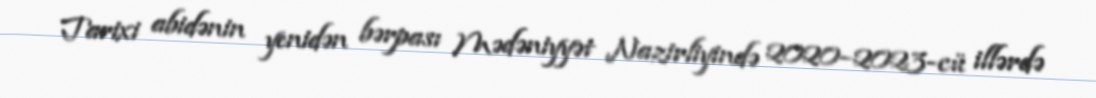
Tarixi abidənin yenidən bərpası Mədəniyyət Nazirliyində 2020–2023-cü illərdə